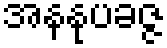
အနနုပခဇ္ဇ